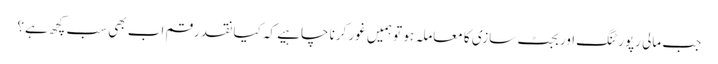
جب مالی رپورٹنگ اور بجٹ سازی کا معاملہ ہو تو ہمیں غور کرنا چاہیے کہ کیا نقد رقم اب بھی سب کچھ ہے؟